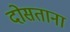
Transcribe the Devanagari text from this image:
दोसताना